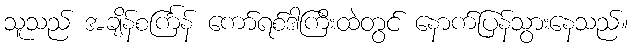
သူသည် အချိန်စင်္ကြန် ကော်ရစ်ဒါကြီးထဲတွင် နောက်ပြန်သွားနေသည်။